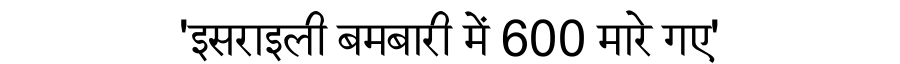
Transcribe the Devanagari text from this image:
'इसराइली बमबारी में 600 मारे गए'